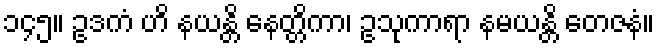
၁၄၅။ ဥဒကံ ဟိ နယန္တိ နေတ္တိကာ၊ ဥသုကာရာ နမယန္တိ တေဇနံ။